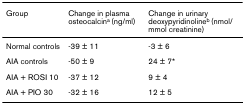
<table><thead><tr><td><b>Group</b></td><td><b>Change in plasma osteocalcin<sup>a </sup>(ng/ml)</b></td><td><b>Change in urinary deoxypyridinoline<sup>b </sup>(nmol/mmol creatinine)</b></td></tr></thead><tbody><tr><td>Normal controls</td><td>-39 ± 11</td><td>-3 ± 6</td></tr><tr><td>AIA controls</td><td>-50 ± 9</td><td>24 ± 7*</td></tr><tr><td>AIA + ROSI 10</td><td>-37 ± 12</td><td>9 ± 4</td></tr><tr><td>AIA + PIO 30</td><td>-32 ± 16</td><td>12 ± 5</td></tr></tbody></table>